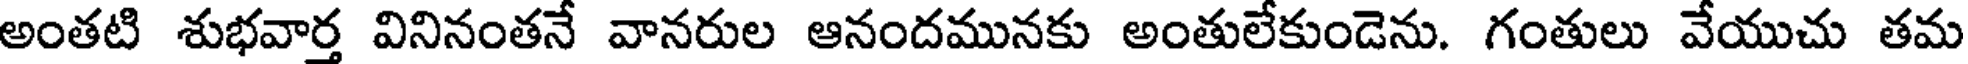
అంతటి శుభవార్త వినినంతనే వానరుల ఆనందమునకు అంతులేకుండెను. గంతులు వేయుచు తమ